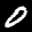
Label: 0